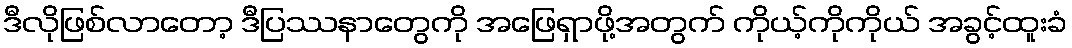
ဒီလိုဖြစ်လာတော့ ဒီပြဿနာတွေကို အဖြေရှာဖို့အတွက် ကိုယ့်ကိုကိုယ် အခွင့်ထူးခံ